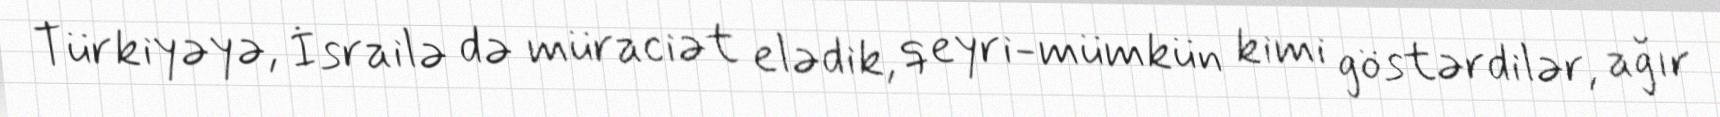
Türkiyəyə, İsrailə də müraciət elədik, qeyri-mümkün kimi göstərdilər, ağır